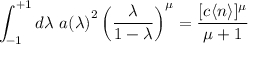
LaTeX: \int _ { - 1 } ^ { + 1 } d \lambda \ { a ( \lambda ) } ^ { 2 } \left( \frac { \lambda } { 1 - \lambda } \right) ^ { \mu } = \frac { [ c \langle n \rangle ] ^ { \mu } } { \mu + 1 }